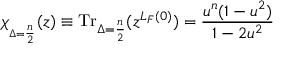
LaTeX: \chi _ { _ { \Delta = \frac { n } { 2 } } } ( z ) \equiv \mathrm { T r } _ { \Delta = \frac { n } { 2 } } ( z ^ { L _ { F } ( 0 ) } ) = \frac { u ^ { n } ( 1 - u ^ { 2 } ) } { 1 - 2 u ^ { 2 } }